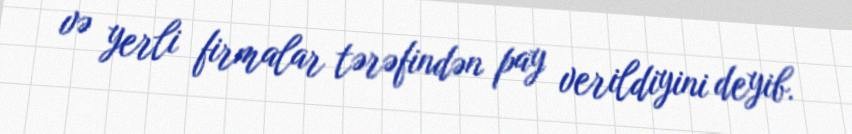
və yerli firmalar tərəfindən pay verildiyini deyib.